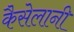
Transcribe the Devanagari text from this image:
कैसेलानी